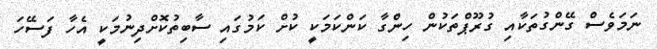
ނަމަވެސް ގޭންގުތަކާއި ގުރޫޕްތަކުން ހިންގާ ކަންކަމަކީ ކުށް ކަމުގައި ސާބިތުކޮށްދިނުމަކީ އެހާ ފަސޭހަ